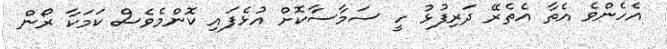
އެހެންވެ އެތާ އެތެރޭ ދަރިފުޅު ހީ ސަމާސާކޮށް އުޅެފައި ކޮންމެވެސް ކަމަކާ ރޯން